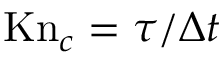
\mathrm { K n } _ { c } = \tau / \Delta t